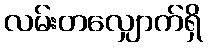
လမ်းတလျှောက်ရှိ